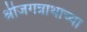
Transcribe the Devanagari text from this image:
श्रीजगन्नाथाच्या